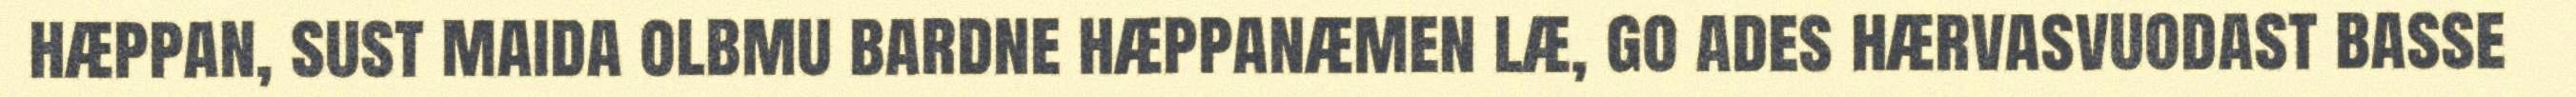
hæppan, sust maida olbmu bardne hæppanæmen læ, go ades hærvasvuodast basse